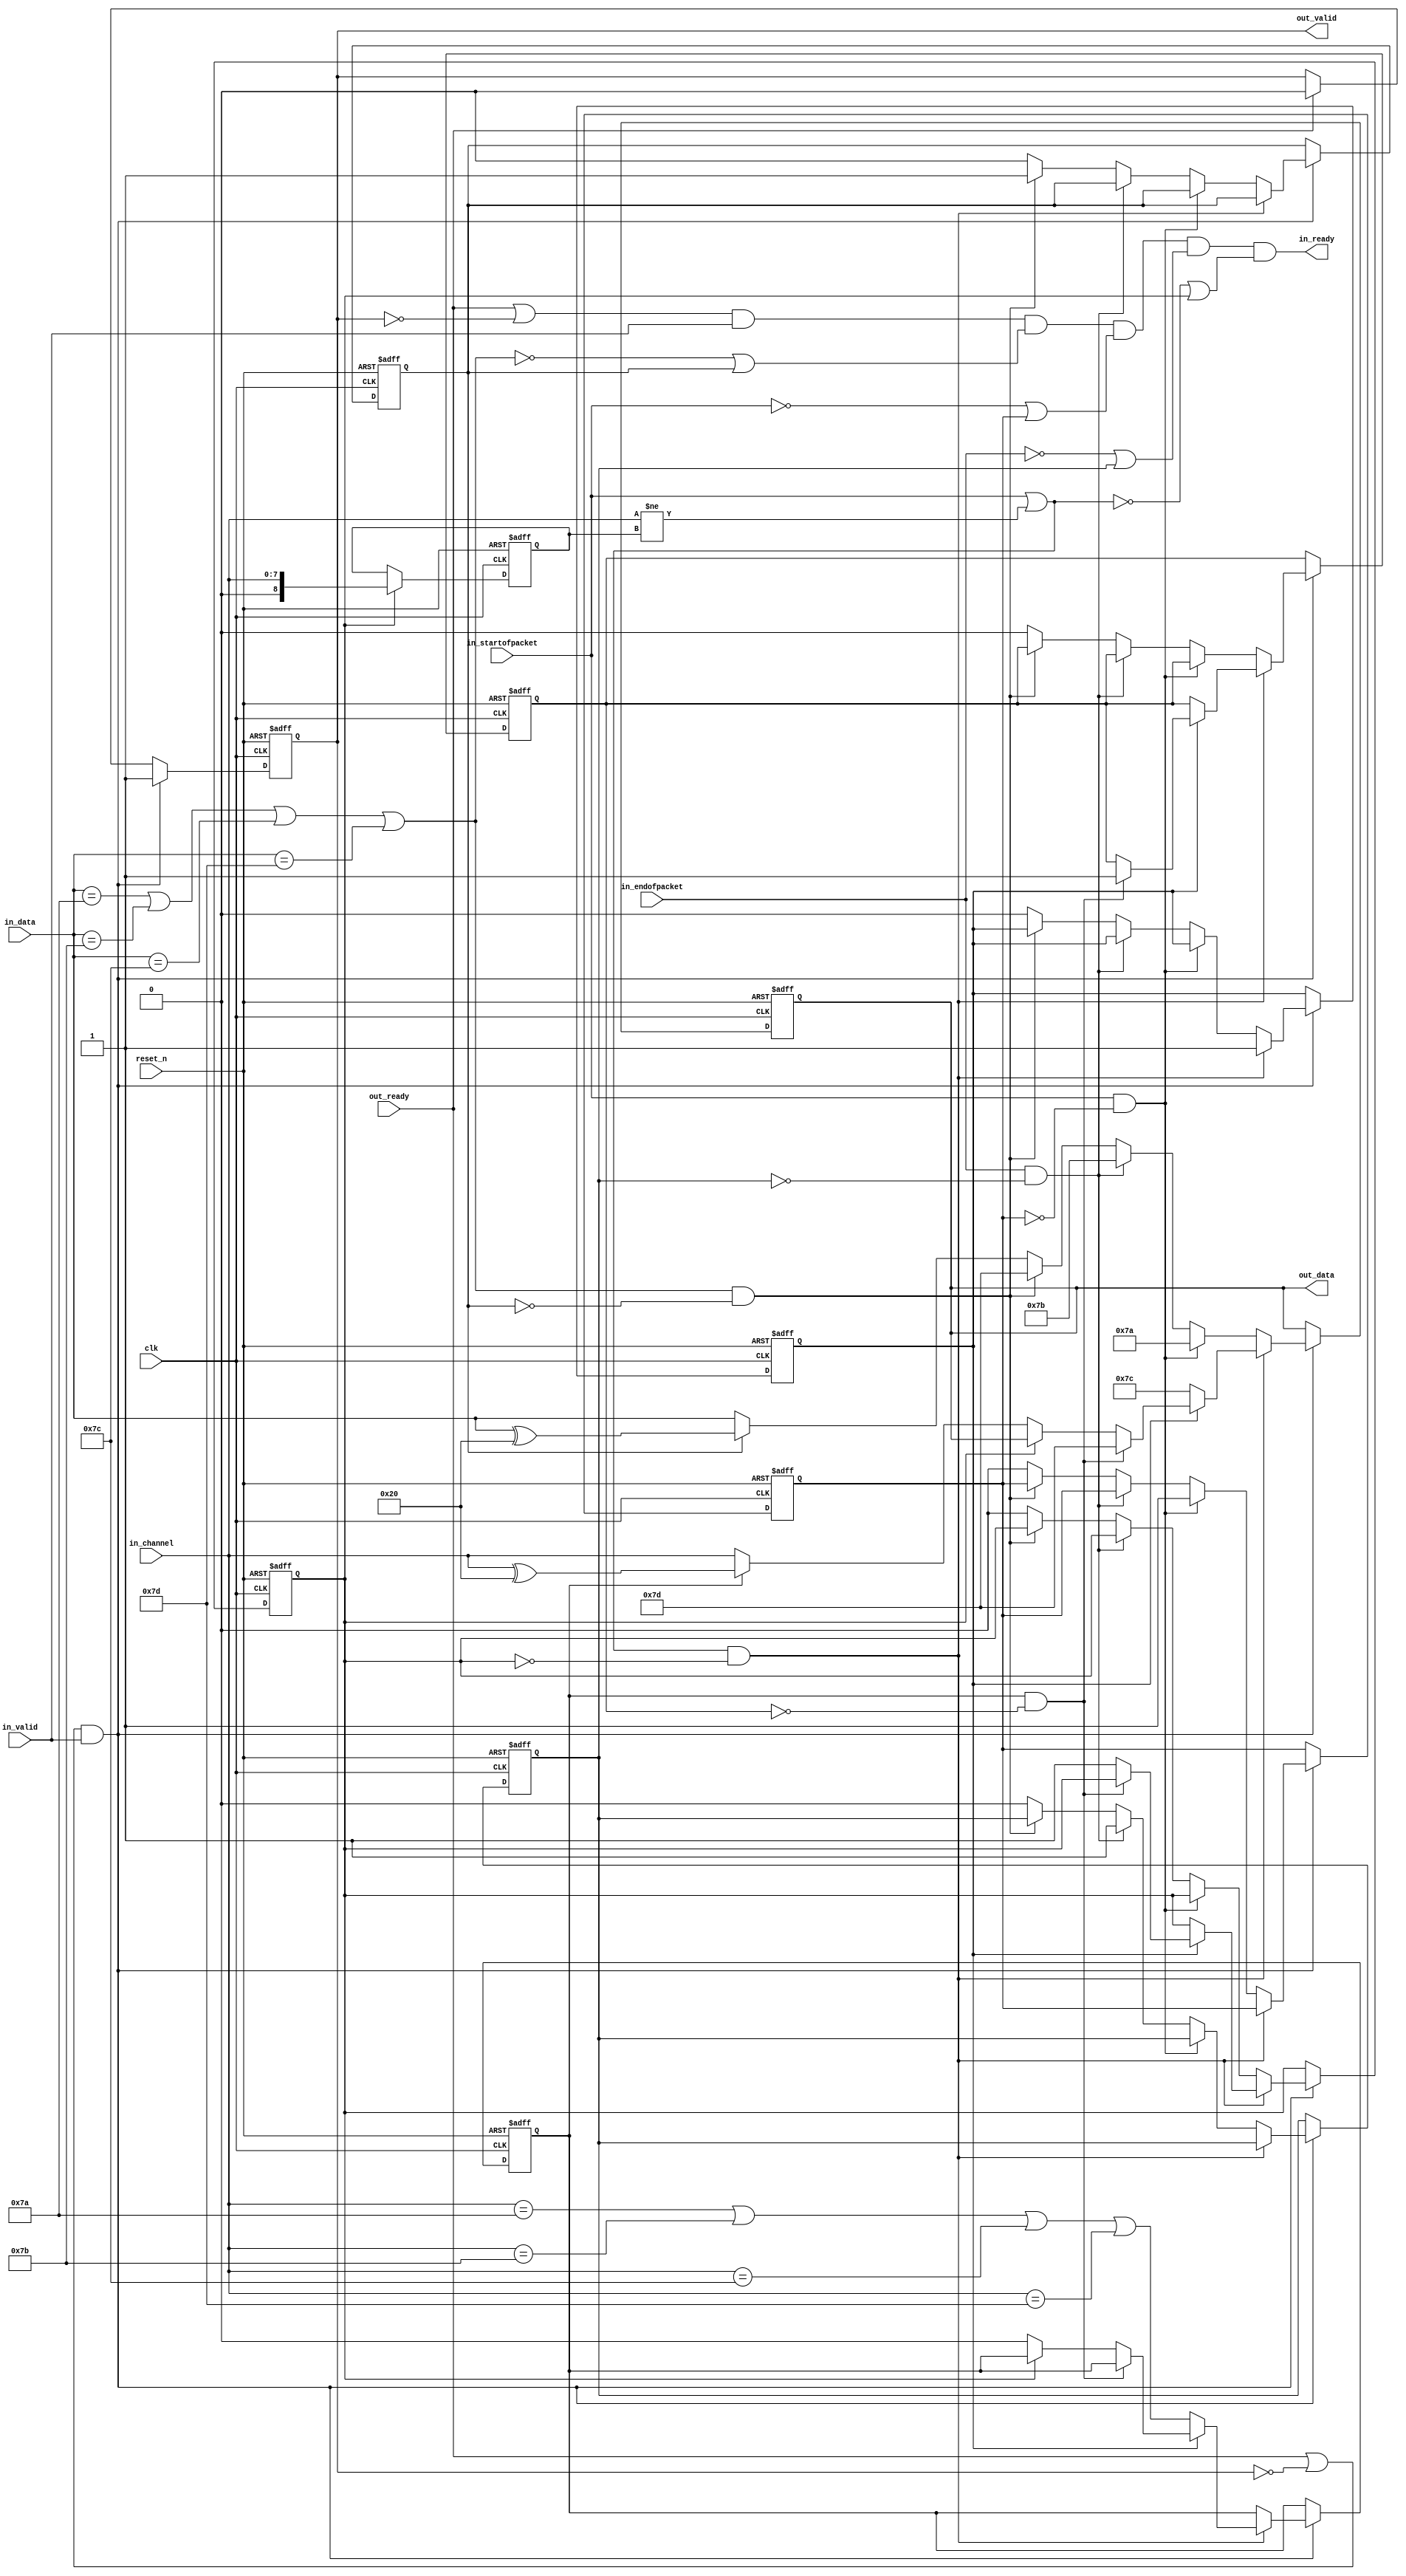
// --------------------------------------------------------------------------------
//| Avalon ST Packets to Bytes Component
// --------------------------------------------------------------------------------

`timescale 1ns / 100ps
module altera_avalon_st_packets_to_bytes 
#(parameter CHANNEL_WIDTH = 8, 
	parameter ENCODING = 0) (

      // Interface: clk
      input              clk,
      input              reset_n,
      // Interface: ST in with packets
      output reg         in_ready,
      input              in_valid,
      input      [7: 0]  in_data,
      input      [CHANNEL_WIDTH-1: 0]  in_channel,
      input              in_startofpacket,
      input              in_endofpacket,

      // Interface: ST out 
      input              out_ready,
      output reg         out_valid,
      output reg [7: 0]  out_data
);

   // ---------------------------------------------------------------------
   //| Signal Declarations
   // ---------------------------------------------------------------------
	
   localparam CHN_COUNT = CHANNEL_WIDTH/7;
   reg  sent_esc, sent_sop, sent_eop;
   reg  sent_channel_char, channel_escaped, sent_channel; 
   reg  [CHANNEL_WIDTH:0] stored_channel;
	 reg  [4:0] channel_count;
   reg	[((CHANNEL_WIDTH/7+1)*7)-1:0] stored_varchannel;
   reg 	channel_needs_esc;

	 
   wire channel_changed;
   wire need_sop, need_eop, need_esc, need_channel;

   // ---------------------------------------------------------------------
   //| Thingofamagick
   // ---------------------------------------------------------------------

   assign need_esc = (in_data == 8'h7a |
                      in_data == 8'h7b | 
                      in_data == 8'h7c | 
                      in_data == 8'h7d ); 
   assign need_eop = (in_endofpacket);
   assign need_sop = (in_startofpacket);
   assign need_channel = (need_sop | channel_changed);

   assign channel_changed = (in_channel != stored_channel);
   

	
   always @(posedge clk or negedge reset_n) begin
      if (!reset_n) begin
         sent_esc <= 0; 
         sent_sop <= 0; 
         sent_eop <= 0; 
         sent_channel <= 0; 
         channel_escaped <= 0;
         sent_channel_char <= 0;
         out_data <= 0;
         out_valid <= 0;
         channel_count <= 0;
         channel_needs_esc <= 0;
      end else begin
      	
         if (out_ready )
           out_valid <= 0;
      
         if ((out_ready | ~out_valid) && in_valid  )
           out_valid <= 1; 
           
         if ((out_ready | ~out_valid) && in_valid) 
         begin
            if (need_channel & ~sent_channel) 
            begin
                 if (~sent_channel_char) 
                 begin
                    sent_channel_char <= 1;
                    out_data <= 8'h7c;
                    channel_count <= CHN_COUNT[4:0];
                    stored_varchannel <= in_channel;
                    if (ENCODING == 0) begin
                    channel_needs_esc <= (in_channel == 8'h7a |
                               in_channel == 8'h7b |
                               in_channel == 8'h7c |
                               in_channel == 8'h7d );
                    end 
                 end 
                 else if (channel_needs_esc & ~channel_escaped) 
                 begin
                    out_data <= 8'h7d;
                    channel_escaped <= 1;
                 end 
                 else if (~sent_channel) 
                 begin
                 	  if (ENCODING) 
                 	  begin
                 	  		if (channel_count > 0) 
                 	  		begin
                 	  			if (channel_needs_esc) out_data <= {1'b1, stored_varchannel[((CHANNEL_WIDTH/7+1)*7)-1:((CHANNEL_WIDTH/7+1)*7)-7]} ^ 8'h20;
                    			else                   out_data <= {1'b1, stored_varchannel[((CHANNEL_WIDTH/7+1)*7)-1:((CHANNEL_WIDTH/7+1)*7)-7]};
                 	  			stored_varchannel <= stored_varchannel<<7;
                 	  		  
                 	  			channel_count <= channel_count - 1'b1;
                 	  			if (channel_count ==1) begin 	
                 	  					 channel_needs_esc <= 
                 	  					 ((stored_varchannel[((CHANNEL_WIDTH/7+1)*7)-8:((CHANNEL_WIDTH/7+1)*7)-14]  == 7'h7a)|
                               (stored_varchannel[((CHANNEL_WIDTH/7+1)*7)-8:((CHANNEL_WIDTH/7+1)*7)-14] == 7'h7b) |
                               (stored_varchannel[((CHANNEL_WIDTH/7+1)*7)-8:((CHANNEL_WIDTH/7+1)*7)-14] == 7'h7c) |
                               (stored_varchannel[((CHANNEL_WIDTH/7+1)*7)-8:((CHANNEL_WIDTH/7+1)*7)-14] == 7'h7d) );
                           end
                 	  		end 
                 	  		else 
                 	  		begin
                 	  			if (channel_needs_esc) begin channel_needs_esc <= 0; out_data <= {1'b0, stored_varchannel[((CHANNEL_WIDTH/7+1)*7)-1:((CHANNEL_WIDTH/7+1)*7)-7]} ^ 8'h20; end
                    			else                   out_data <= {1'b0, stored_varchannel[((CHANNEL_WIDTH/7+1)*7)-1:((CHANNEL_WIDTH/7+1)*7)-7]};
                 	  			sent_channel <= 1;
                 	  		end
                 	  end 
                 	  else 
                 	  begin
                    		sent_channel <= 1;
                    		if (channel_needs_esc) begin channel_needs_esc <= 0; out_data <= in_channel ^ 8'h20; end
                    		else                   out_data <= in_channel;
                    end
                 end
            end
            else if (need_sop & ~sent_sop) begin
                 sent_sop <= 1;
                 out_data <= 8'h7a;
                 
            end else if (need_eop & ~sent_eop) begin
                 sent_eop <= 1;
                 out_data <= 8'h7b;
             
            end else if (need_esc & ~sent_esc) begin
                 sent_esc <= 1;
                 out_data <= 8'h7d;
            end else begin
                 if (sent_esc)    out_data <= in_data ^ 8'h20;
                 else             out_data <= in_data;
                 sent_esc <= 0; 
                 sent_sop <= 0; 
                 sent_eop <= 0; 
                 sent_channel <= 0; 
                 channel_escaped <= 0;
                 sent_channel_char <= 0;
            end
         end
      end
   end

   //channel related signals 
   always @(posedge clk or negedge reset_n) begin
      if (!reset_n) begin
         //extra bit in stored_channel to force reset
         stored_channel <= 9'h1ff;
      end else begin
         //update stored_channel only when it is sent out
         if (sent_channel) begin
            stored_channel <= in_channel;
         end
      end
   end

   always @* begin
      
      // in_ready.  Low when:
      // back pressured, or when
      // we are outputting a control character, which means that one of 
      // {escape_char, start of packet, end of packet, channel} 
      // needs to be, but has not yet, been handled.
      in_ready = (out_ready | !out_valid) & in_valid & (~need_esc | sent_esc)
                 & (~need_sop | sent_sop) 
                 & (~need_eop | sent_eop)
                 & (~need_channel | sent_channel);
      
/*      out_data = (need_sop & ~sent_sop) ? 8'h7a :
                 (need_eop & ~sent_eop) ? 8'h7b : 
                 (need_channel & ~sent_channel) ?
                   (
                    (~sent_channel_char) ? 8'h7c :
                    (channel_needs_esc & ~channel_escaped) ? 8'h7d : 
                    (channel_needs_esc & channel_escaped) ? in_channel ^ 8'h20 : in_channel
                   ) :
                 (need_esc & ~sent_esc) ? 8'h7d : 
                 (sent_esc) ? in_data ^ 8'h20 :
                 in_data;
*/
   end
endmodule